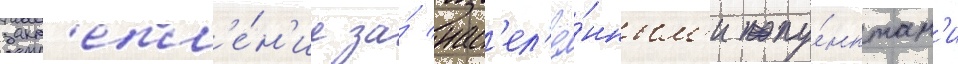
закр'епл'е́н'ие за́ нас'ел'ё́нным'и пу́нктам'и